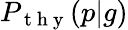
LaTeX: P_{\mathrm{~t~h~y~}}(p|g)